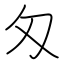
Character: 匁